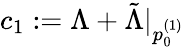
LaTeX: c_{1}:=\Lambda+\tilde{\Lambda}\vert_{p_{0}^{(1)}}